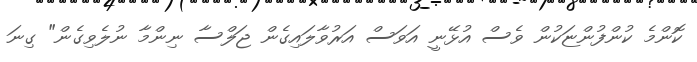
ކޮންމެ ކުންފުންޏަކުން ވެސް އުޅޭނީ އަވަސް އަރުވާލައިގެން ޖަލްސާ ނިންމާ ނުލެވިގެން" ގިނަ